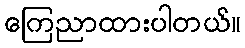
ကြေညာထားပါတယ်။